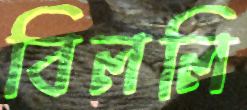
বিললি